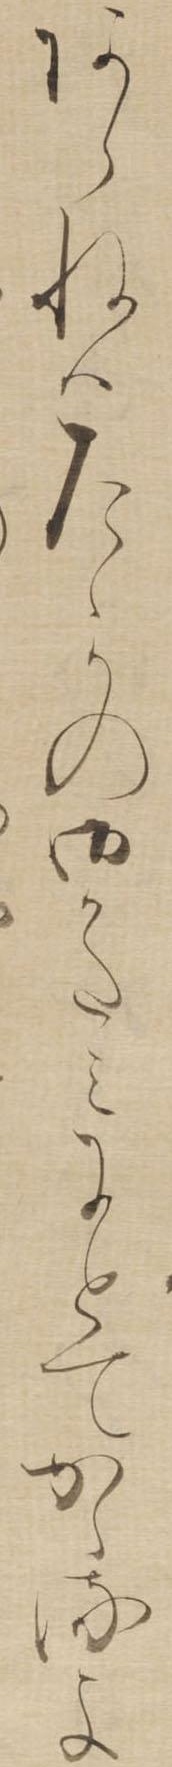
あらねはたゝかの御かたみにとてかゝるよ